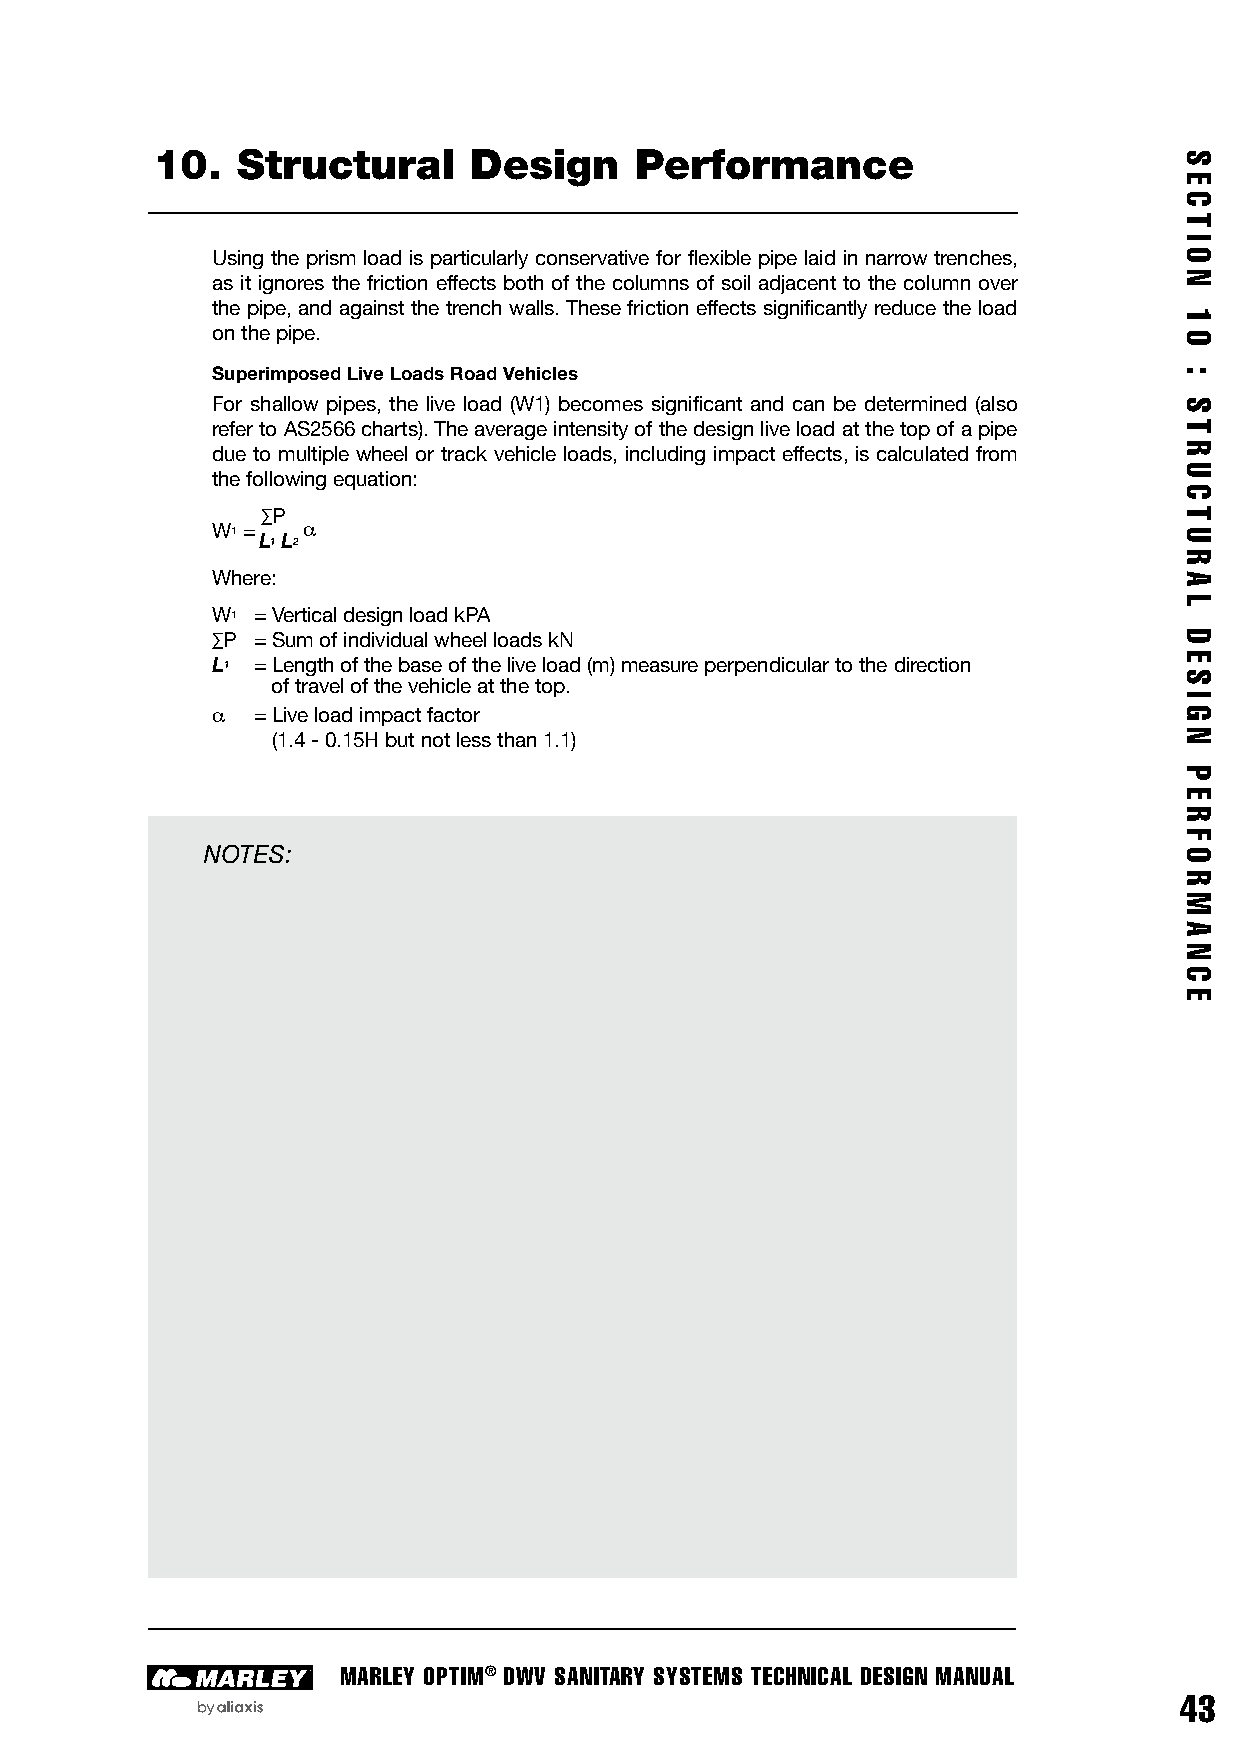
10.   Structural     Design     Performance
 Using the prism load is particularly conservative for flexible pipe laid in narrow trenches,
 as it ignores the friction effects both of the columns of soil adjacent to the column over
 the pipe, and against the trench walls. These friction effects significantly reduce the load
 on the pipe.
 Superimposed Live Loads Road Vehicles
 For shallow pipes, the live load (W1) becomes significant and can be determined (also
 refer to AS2566 charts). The average intensity of the design live load at the top of a pipe
 due to multiple wheel or track vehicle loads, including impact effects, is calculated from
 the following equation:
 ∑P
 W 1 = L1 L2a
 Where:
 W1 = Vertical design load kPA
 ∑P = Sum of individual wheel loads kN
 L1 = Length of the base of the live load (m) measure perpendicular to the direction
 of travel of the vehicle at the top.
 a  = Live load impact factor
 (1.4 - 0.15H but not less than 1.1)
 NOTES:
 MARLEY OPTIM® DWV SANITARY SYSTEMS TECHNICAL DESIGN MANUAL
 43
 S
 E
 C
 T
 I
 O
 N
 1
 0
 :
 S
 T
 R
 U
 C
 T
 U
 R
 A
 L
 D
 E
 S
 I
 G
 N
 P
 E
 R
 F
 O
 R
 M
 A
 N
 C
 E